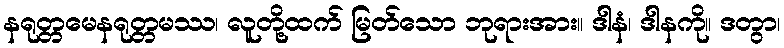
နရုတ္တမေနရုတ္တမဿ၊ လူတို့ထက် မြတ်သော ဘုရားအား။ ဒါနံ၊ ဒါနကို။ ဒတွာ၊